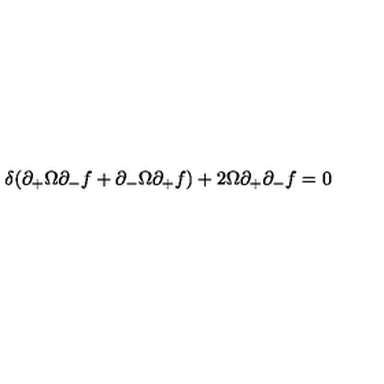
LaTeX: \delta ( \partial _ { + } \Omega \partial _ { - } f + \partial _ { - } \Omega \partial _ { + } f ) + 2 \Omega \partial _ { + } \partial _ { - } f = 0